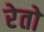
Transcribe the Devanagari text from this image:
रेतो